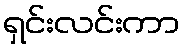
ရှင်းလင်းကာ